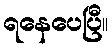
ရနေပေပြီ။